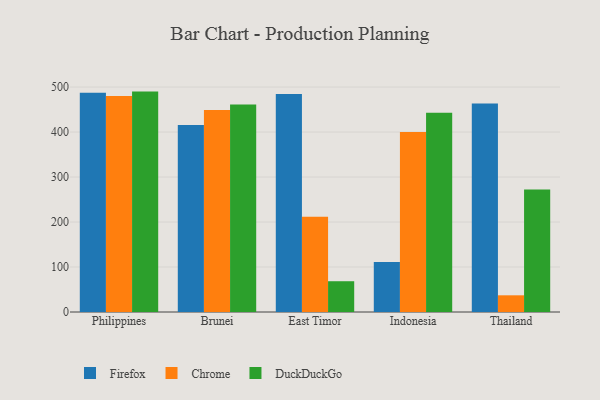
{"axis": {"x": "Country", "y": "Backlog"}, "legend": ["Chrome", "DuckDuckGo", "Firefox"], "data": [{"x": "Philippines", "y": 487.6, "type": "Firefox"}, {"x": "Philippines", "y": 480.1, "type": "Chrome"}, {"x": "Philippines", "y": 489.9, "type": "DuckDuckGo"}, {"x": "Brunei", "y": 415.9, "type": "Firefox"}, {"x": "Brunei", "y": 449.0, "type": "Chrome"}, {"x": "Brunei", "y": 461.4, "type": "DuckDuckGo"}, {"x": "East Timor", "y": 484.4, "type": "Firefox"}, {"x": "East Timor", "y": 211.9, "type": "Chrome"}, {"x": "East Timor", "y": 68.4, "type": "DuckDuckGo"}, {"x": "Indonesia", "y": 111.3, "type": "Firefox"}, {"x": "Indonesia", "y": 400.3, "type": "Chrome"}, {"x": "Indonesia", "y": 442.8, "type": "DuckDuckGo"}, {"x": "Thailand", "y": 463.5, "type": "Firefox"}, {"x": "Thailand", "y": 37.1, "type": "Chrome"}, {"x": "Thailand", "y": 272.3, "type": "DuckDuckGo"}]}